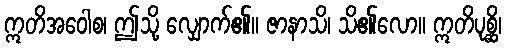
ဣတိအဝေါစ၊ ဤသို့ လျှောက်၏။ ဇာနာသိ၊ သိ၏လော။ ဣတိပုစ္ဆိ၊